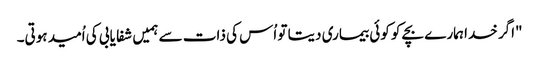
"اگر خدا ہمارے بچے کو کوئی بیماری دیتا تو اُس کی ذات سے ہمیں شفا یابی کی اُمید ہوتی۔